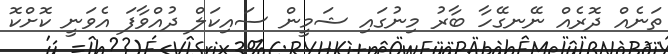
ތަނެއް ދޮރެއް ނޭނގޭހާ ބާރު މިނުގައި ޝަމީން ސައިކަލް ދުއްވާފަ އެވަނީ ކޮށްކޮ